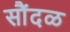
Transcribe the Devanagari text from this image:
सौंदळ